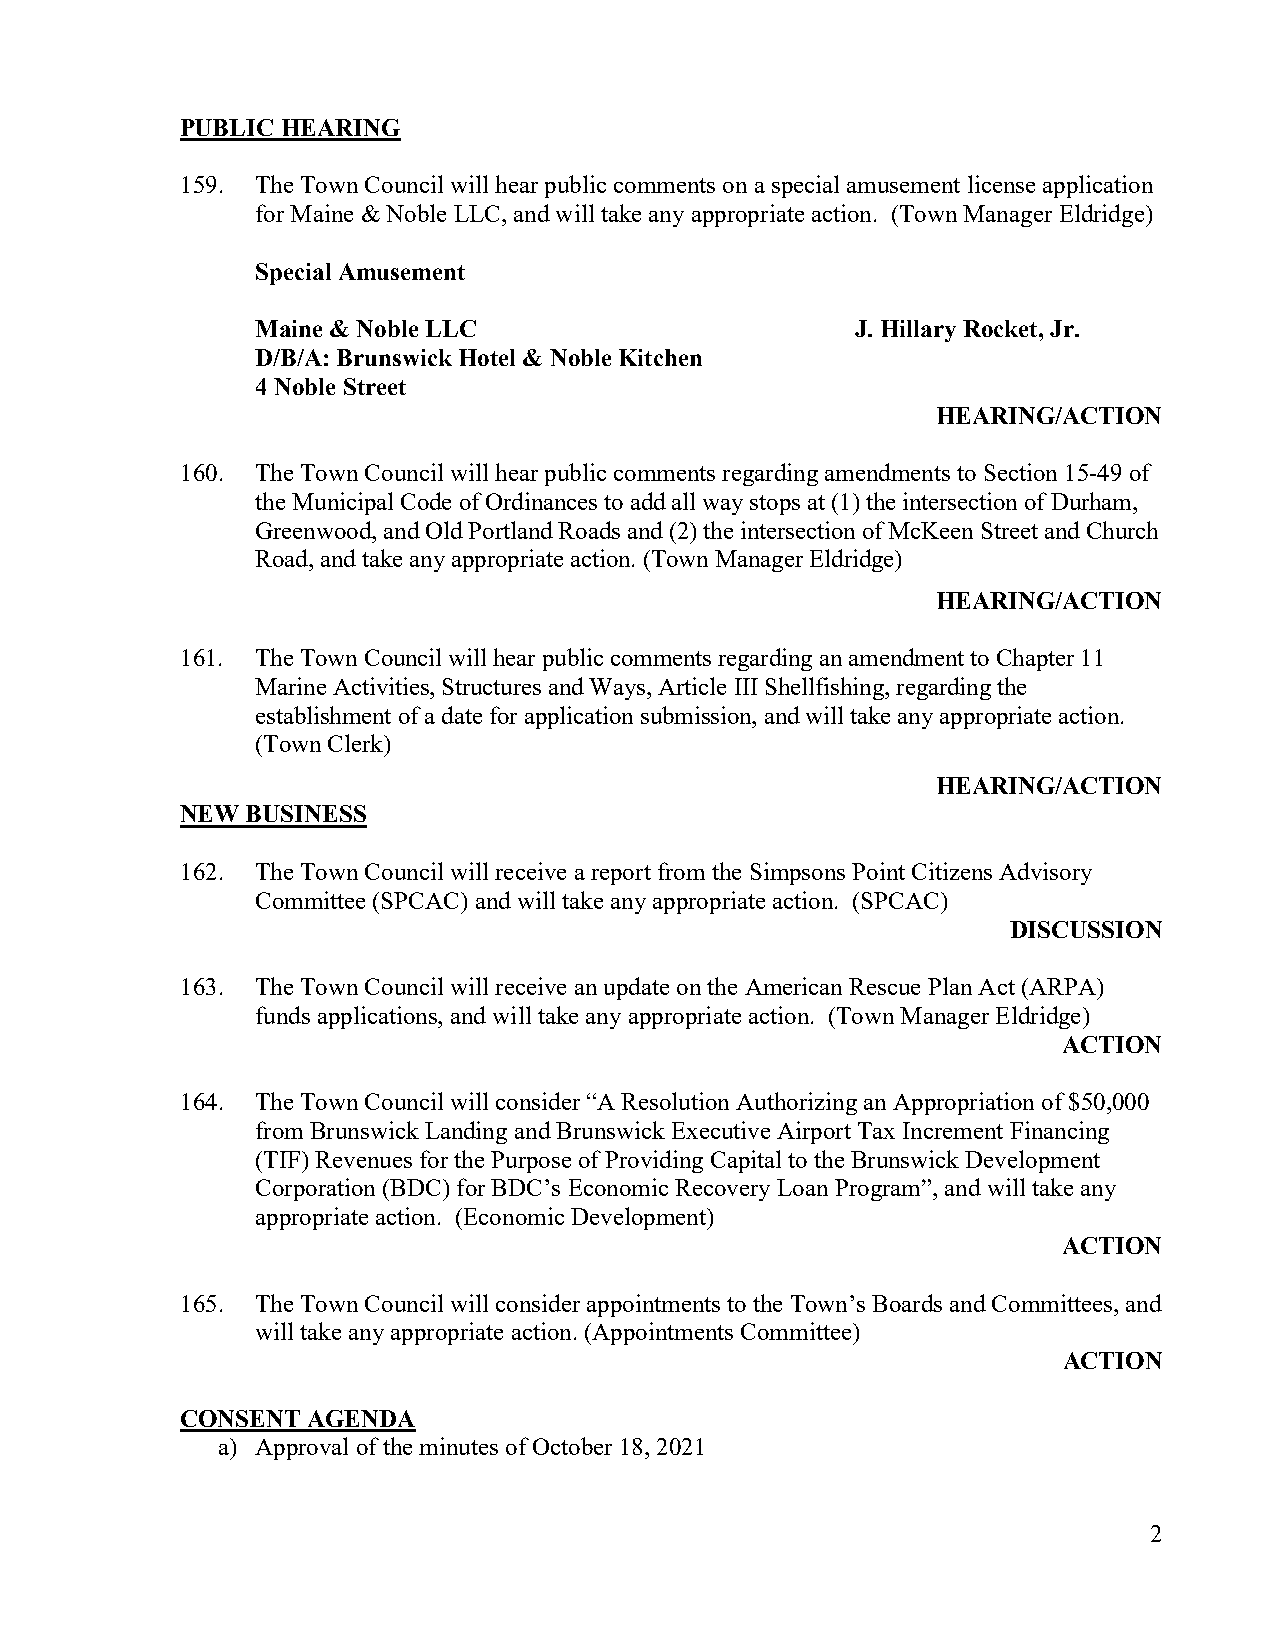
PUBLIC HEARING
 159. The Town Council will hear public comments on a special amusement license application
 for Maine & Noble LLC, and will take any appropriate action. (Town Manager Eldridge)
 Special Amusement
 Maine & Noble LLC                       J. Hillary Rocket, Jr.
 D/B/A: Brunswick Hotel & Noble Kitchen
 4 Noble Street
 HEARING/ACTION
 160. The Town Council will hear public comments regarding amendments to Section 15-49 of
 the Municipal Code of Ordinances to add all way stops at (1) the intersection of Durham,
 Greenwood, and Old Portland Roads and (2) the intersection of McKeen Street and Church
 Road, and take any appropriate action. (Town Manager Eldridge)
 HEARING/ACTION
 161. The Town Council will hear public comments regarding an amendment to Chapter 11
 Marine Activities, Structures and Ways, Article III Shellfishing, regarding the
 establishment of a date for application submission, and will take any appropriate action.
 (Town Clerk)
 HEARING/ACTION
 NEW BUSINESS
 162. The Town Council will receive a report from the Simpsons Point Citizens Advisory
 Committee (SPCAC) and will take any appropriate action. (SPCAC)
 DISCUSSION
 163. The Town Council will receive an update on the American Rescue Plan Act (ARPA)
 funds applications, and will take any appropriate action. (Town Manager Eldridge)
 ACTION
 164. The Town Council will consider “A Resolution Authorizing an Appropriation of $50,000
 from Brunswick Landing and Brunswick Executive Airport Tax Increment Financing
 (TIF) Revenues for the Purpose of Providing Capital to the Brunswick Development
 Corporation (BDC) for BDC’s Economic Recovery Loan Program”, and will take any
 appropriate action. (Economic Development)
 ACTION
 165. The Town Council will consider appointments to the Town’s Boards and Committees, and
 will take any appropriate action. (Appointments Committee)
 ACTION
 CONSENT AGENDA
 a) Approval of the minutes of October 18, 2021
 2